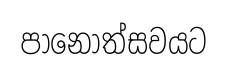
පානොත්සවයට